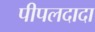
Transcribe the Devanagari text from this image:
पीपलदादा